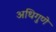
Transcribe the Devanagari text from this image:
अधिगुणे